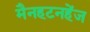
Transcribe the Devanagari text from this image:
मैनहटनहेंज